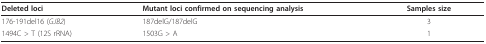
<table><thead><tr><td><b>Deleted loci</b></td><td><b>Mutant loci confirmed on sequencing analysis</b></td><td><b>Samples size</b></td></tr></thead><tbody><tr><td>176-191del16 (<i>GJB2</i>)</td><td>187delG/187delG</td><td>3</td></tr><tr><td>1494C &gt; T (12S rRNA)</td><td>1503G &gt; A</td><td>1</td></tr></tbody></table>